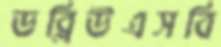
ডব্লিউএসবি